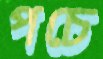
পচে